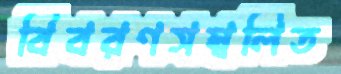
বিবরণসম্বলিত